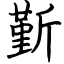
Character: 斳